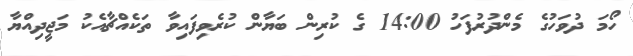
ހޯމަ ދުވަހުގެ މެންދުރުފަހު 14:00 ގެ ކުރިން ބަޔާން ކުރެވިފައިވާ ތަކެއްޗާއެކު މަޖީދިއްޔާ